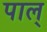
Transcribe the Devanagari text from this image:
पाल्